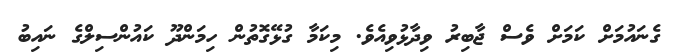
ގެނައުމަށް ކަމަށް ވެސް ޖާބިރު ވިދާޅުވިއެވެ. މިކަމާ ގުޅޭގޮތުން ހިމަންދޫ ކައުންސިލްގެ ނައިބު